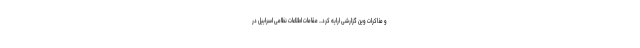
و مذاکرات وین گزارشی ارایه کرد... مقامات اطلاعات نظامی اسراییل در